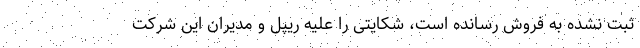
ثبت نشده به فروش رسانده است، شکایتی را علیه ریپل و مدیران این شرکت